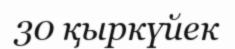
30 қыркүйек